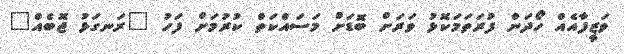
ވަޒީފާއެއް ހޯދަން ފުރަތަމަކޮޅު ވަރަށް ބޮޑަށް މަސައްކަތް ކުރުމަށް ފަހު "ރަނގަޅު ޖޮބެއް"